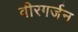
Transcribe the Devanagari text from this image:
वीरगर्जन